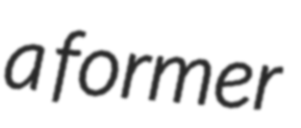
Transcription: a former